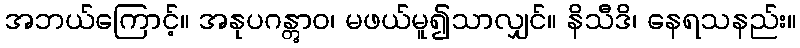
အဘယ်ကြောင့်။ အနုပဂန္တွာဝ၊ မဖယ်မူ၍သာလျှင်။ နိသီဒိ၊ နေရသနည်း။